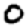
Digit: 0